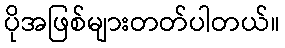
ပိုအဖြစ်များတတ်ပါတယ်။